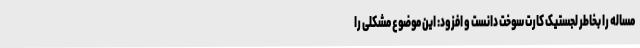
مساله را بخاطر لجستیک کارت سوخت دانست و افزود: این موضوع مشکلی را